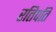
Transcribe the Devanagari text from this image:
रतिपति